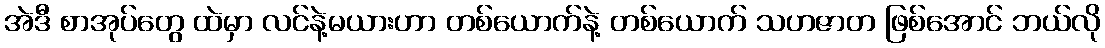
အဲဒီ စာအုပ်တွေ ထဲမှာ လင်နဲ့မယားဟာ တစ်ယောက်နဲ့ တစ်ယောက် သဟဇာတ ဖြစ်အောင် ဘယ်လို